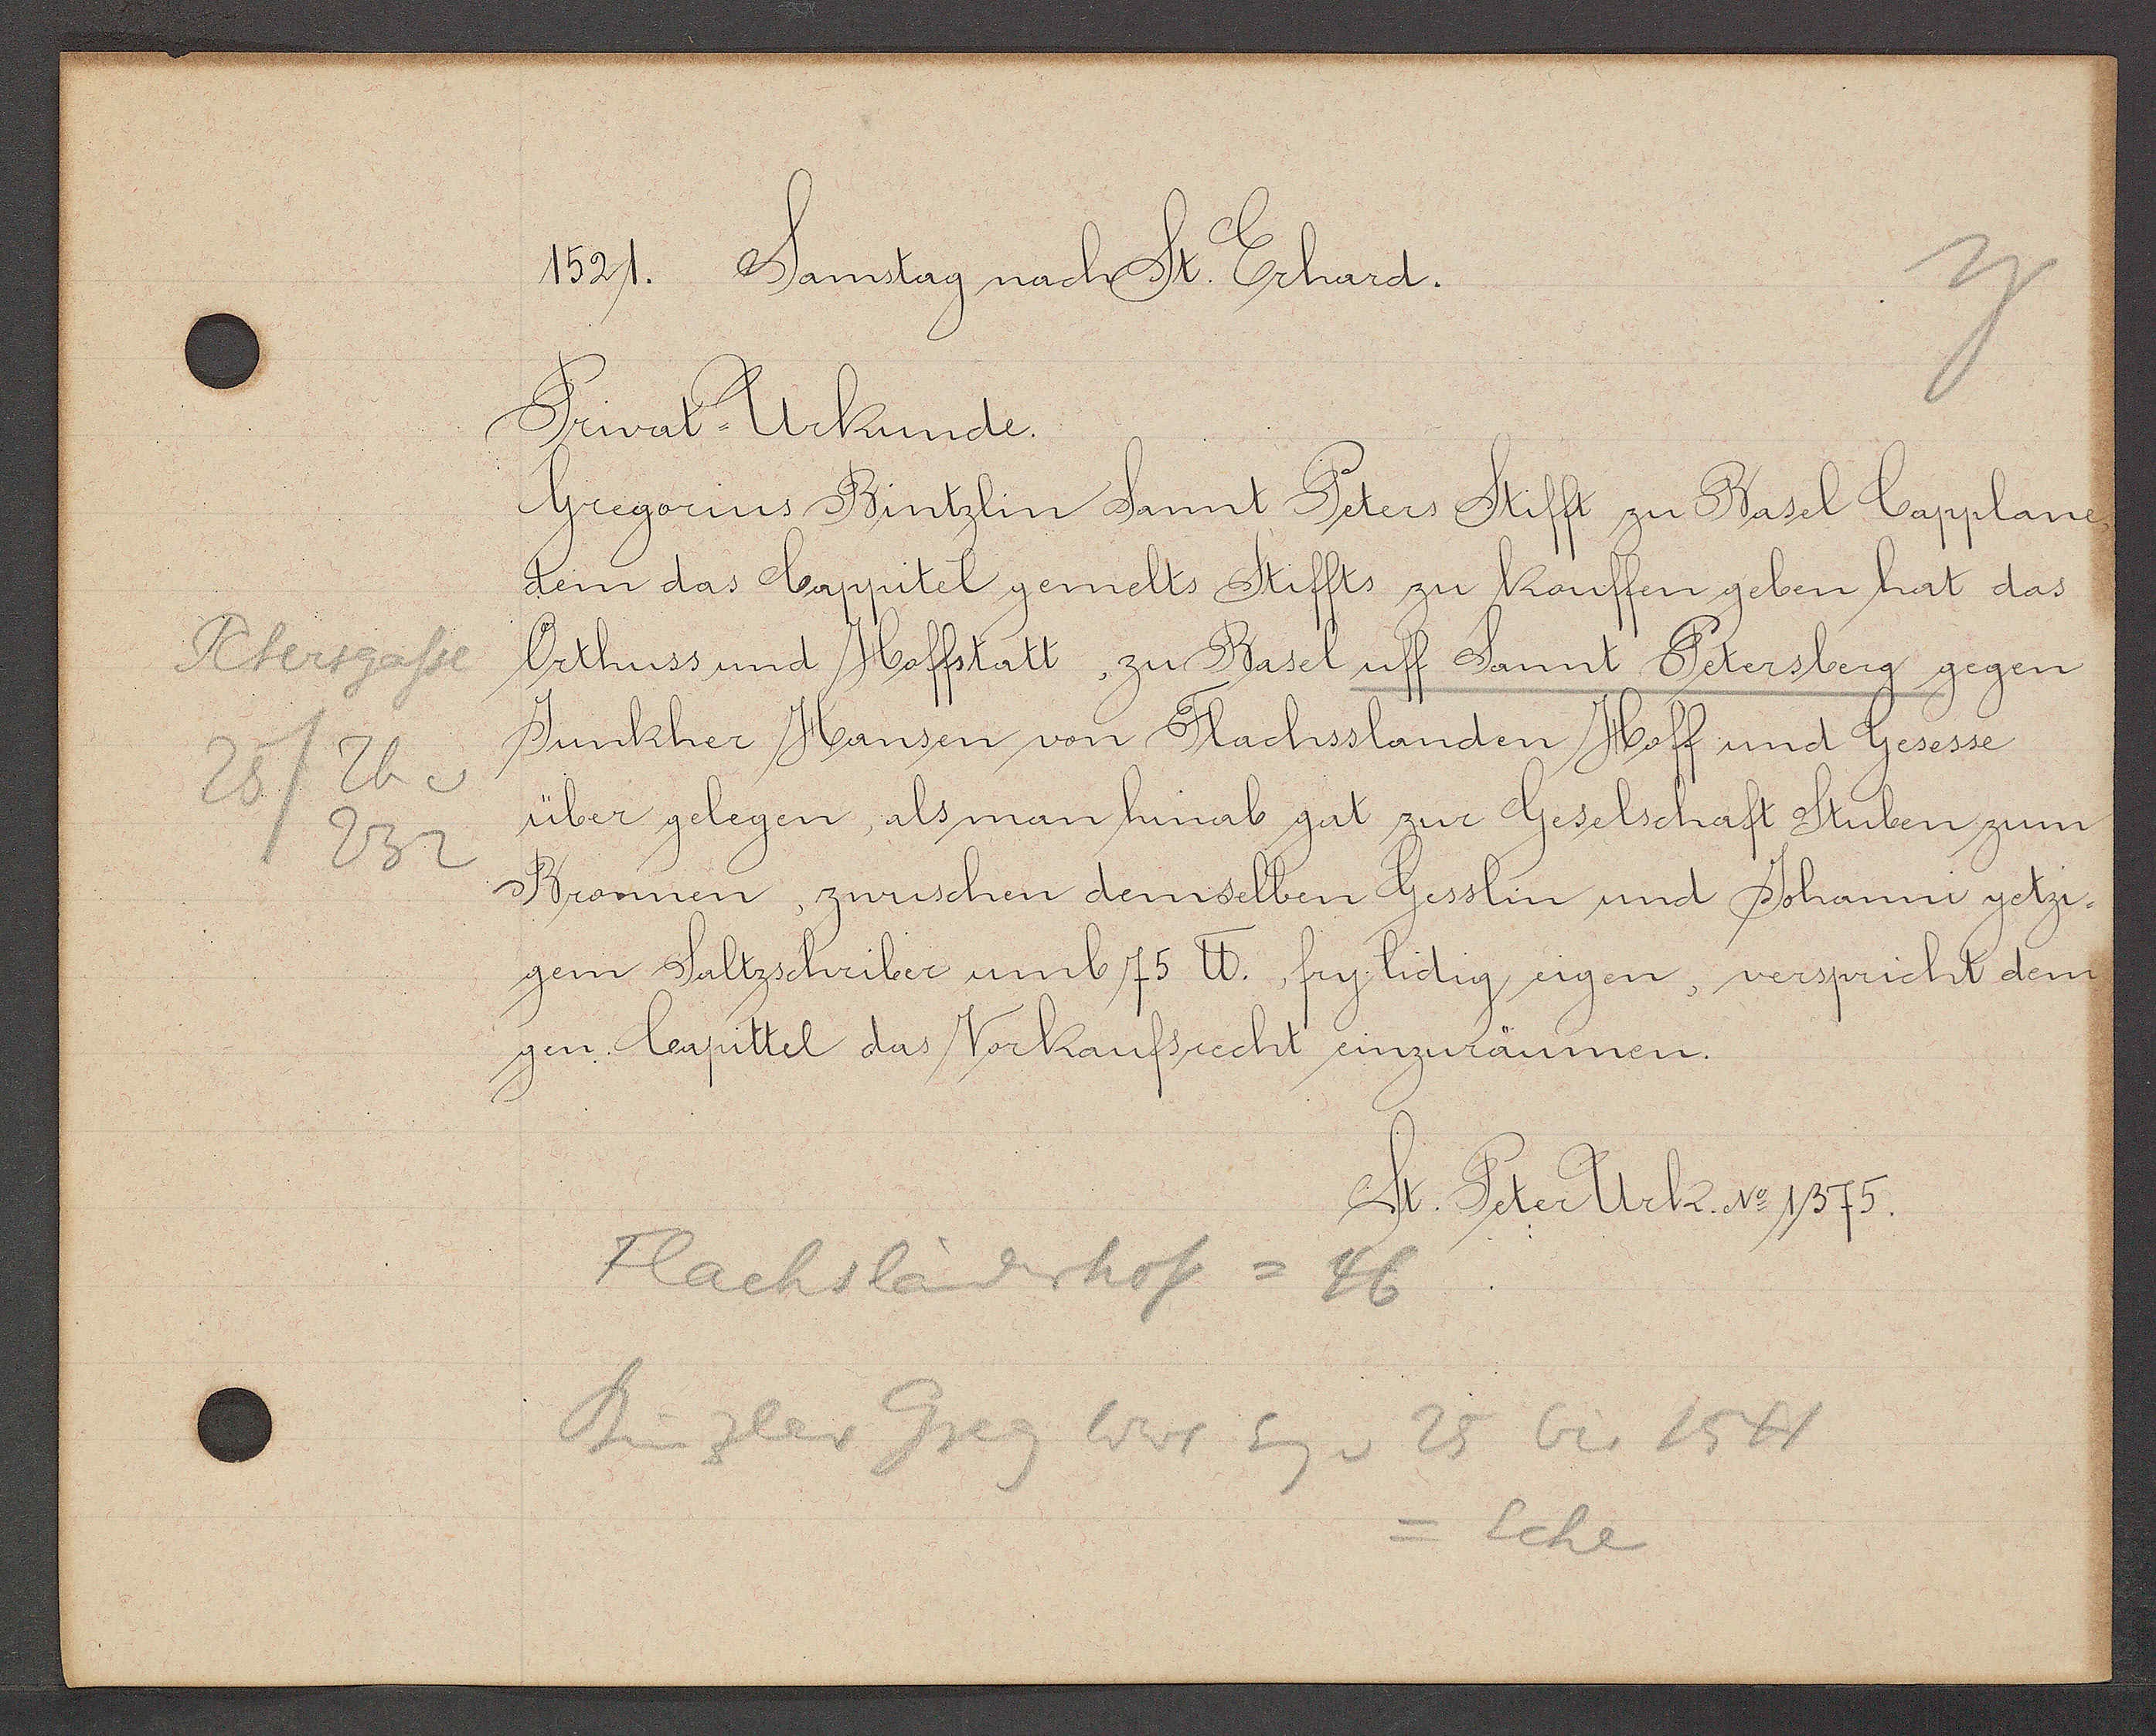
Transcript:
Petergasse
25/Th v
232

1521. Samstag nach St. Erhard.

Privat- Urkunde.
Gregorius Bintzlin Sannt Peters Stifft zu Basel Capplane,
dem das Cappitel gemelts Stiffts zu kouffen geben hat das
Orthuss und Hoffstatt, zu Basel uff Sannt Petersberg gegen
Junkher Hansen von Flachsslanden Hoff und Gesesse
über gelegen, als man hinab gat zur Geselschaft Stuben zum
Bronnen, zwuschen demselben Gesslin und Johanni yetzi-
zem Saltzschriber umb 70 ℔. fry lidig eigen, verspricht dem
gen. Capittel das Vorkaufsrecht einzuräumen.

St. Peter Urk. No 1375.

Flachsländerhof = 46
Binzler Greg Wwe Eig v 25 bis 1541
= Ecke